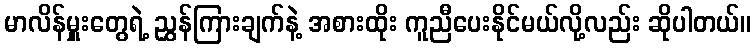
မာလိန်မှူးတွေရဲ့ ညွှန်ကြားချက်နဲ့ အစားထိုး ကူညီပေးနိုင်မယ်လို့လည်း ဆိုပါတယ်။